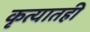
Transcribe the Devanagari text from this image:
कृत्यातही